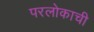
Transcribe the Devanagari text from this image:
परलोकाची